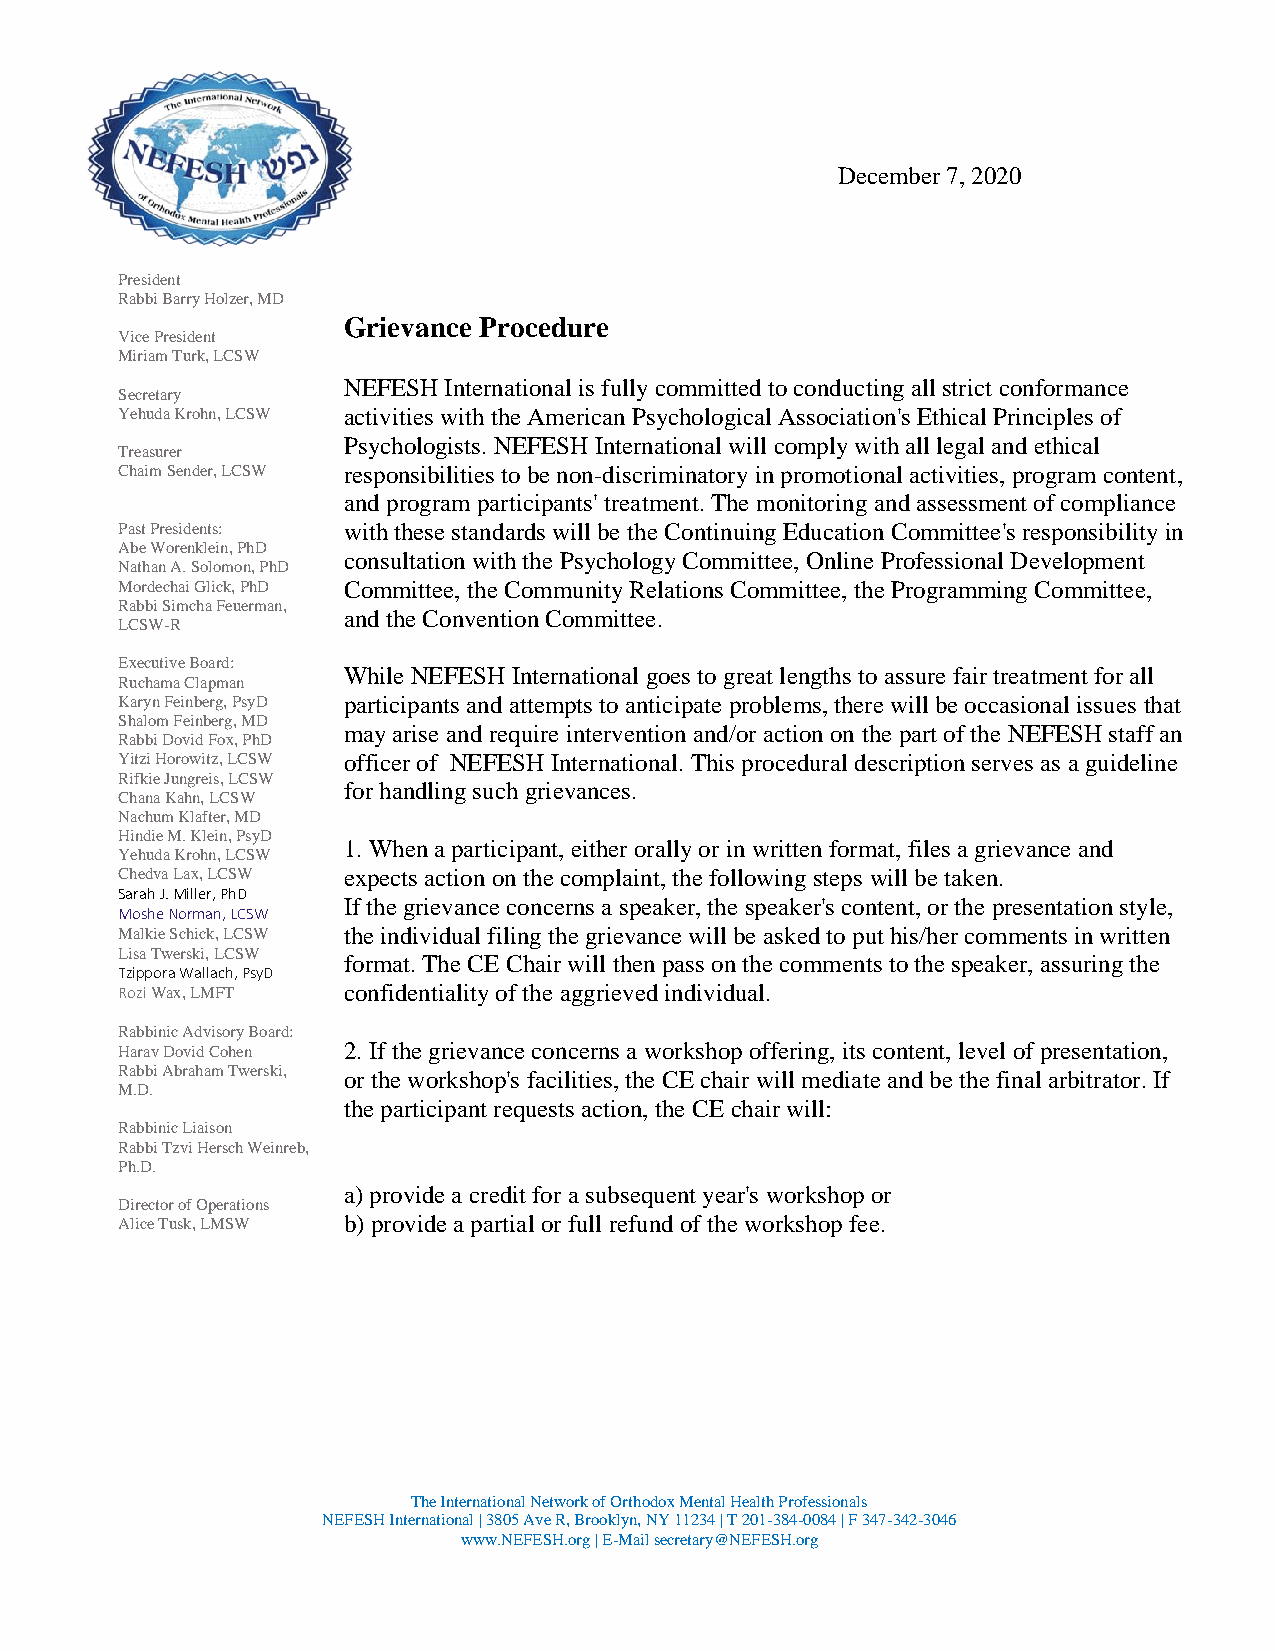
December 7, 2020
 President
 Rabbi Barry Holzer, MD
 Grievance Procedure
 Vice President
 Miriam Turk, LCSW
 NEFESH International is fully committed to conducting all strict conformance
 Secretary
 Yehuda Krohn, LCSW activities with the American Psychological Association's Ethical Principles of
 Psychologists. NEFESH International will comply with all legal and ethical
 Treasurer
 Chaim Sender, LCSW responsibilities to be non-discriminatory in promotional activities, program content,
 and program participants' treatment. The monitoring and assessment of compliance
 Past Presidents: with these standards will be the Continuing Education Committee's responsibility in
 Abe Worenklein, PhD
 consultation with the Psychology Committee, Online Professional Development
 Nathan A. Solomon, PhD
 Mordechai Glick, PhD Committee, the Community Relations Committee, the Programming Committee,
 Rabbi Simcha Feuerman,
 and the Convention Committee.
 LCSW-R
 Executive Board:
 While NEFESH International goes to great lengths to assure fair treatment for all
 Ruchama Clapman
 Karyn Feinberg, PsyD participants and attempts to anticipate problems, there will be occasional issues that
 Shalom Feinberg, MD
 may arise and require intervention and/or action on the part of the NEFESH staff an
 Rabbi Dovid Fox, PhD
 Yitzi Horowitz, LCSW officer of NEFESH International. This procedural description serves as a guideline
 Rifkie Jungreis, LCSW
 for handling such grievances.
 Chana Kahn, LCSW
 Nachum Klafter, MD
 Hindie M. Klein, PsyD
 1. When a participant, either orally or in written format, files a grievance and
 Yehuda Krohn, LCSW
 Chedva Lax, LCSW expects action on the complaint, the following steps will be taken.
 Sarah J. Miller, PhD
 If the grievance concerns a speaker, the speaker's content, or the presentation style,
 Moshe Norman, LCSW
 Malkie Schick, LCSW the individual filing the grievance will be asked to put his/her comments in written
 Lisa Twerski, LCSW
 format. The CE Chair will then pass on the comments to the speaker, assuring the
 Tzippora Wallach, PsyD
 Rozi Wax, LMFT confidentiality of the aggrieved individual.
 Rabbinic Advisory Board:
 Harav Dovid Cohen 2. If the grievance concerns a workshop offering, its content, level of presentation,
 Rabbi Abraham Twerski, or the workshop's facilities, the CE chair will mediate and be the final arbitrator. If
 M.D.
 the participant requests action, the CE chair will:
 Rabbinic Liaison
 Rabbi Tzvi Hersch Weinreb,
 Ph.D.
 a) provide a credit for a subsequent year's workshop or
 Director of Operations
 Alice Tusk, LMSW b) provide a partial or full refund of the workshop fee.
 The International Network of Orthodox Mental Health Professionals
 NEFESH International | 3805 Ave R, Brooklyn, NY 11234 | T 201-384-0084 | F 347-342-3046
 www.NEFESH.org | E-Mail secretary@NEFESH.org